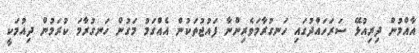
އާއްމުން ދިރިއުޅޭ ސަރަހައްދުގައި ހަނގުރާމަވެރިންނާ ފައުޖުތަކުން އެއްގަމު މަގުން ހަނގުރާމަ ކުރަމުން ދިއުމަކީ